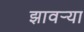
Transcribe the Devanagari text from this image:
झावर्‍या